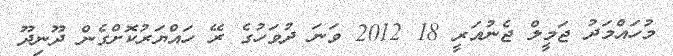
މުހައްމަދު ޖަމީލް ޖެނުއަރީ 18 2012 ވަނަ ދުވަހުގެ ރޭ ހައްޔަރުކޮށްގެން ދޫނިދޫ